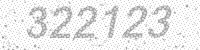
Solution: 322123